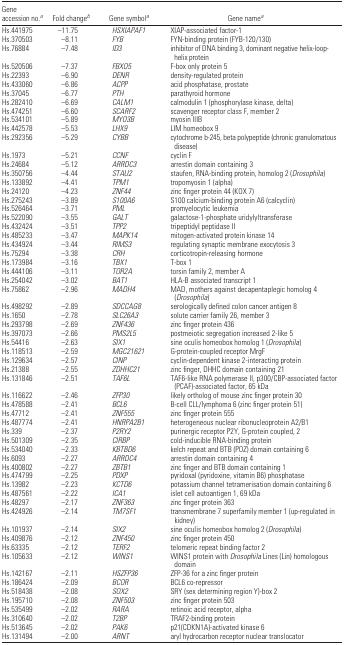
<table><thead><tr><td><b>Gene accession no.a</b></td><td><b>Fold changeb</b></td><td><b>Gene symbola</b></td><td><b>Gene namea</b></td></tr></thead><tbody><tr><td>Hs.441975</td><td>−11.75</td><td><i>HSXIAPAF1</i></td><td>XIAP-associated factor-1</td></tr><tr><td>Hs.370503</td><td>−8.11</td><td><i>FYB</i></td><td>FYN-binding protein (FYB-120/130)</td></tr><tr><td>Hs.76884</td><td>−7.48</td><td><i>ID3</i></td><td>inhibitor of DNA binding 3, dominant negative helix-loop- helix protein</td></tr><tr><td>Hs.520506</td><td>−7.37</td><td><i>FBXO5</i></td><td>F-box only protein 5</td></tr><tr><td>Hs.22393</td><td>−6.90</td><td><i>DENR</i></td><td>density-regulated protein</td></tr><tr><td>Hs.433060</td><td>−6.86</td><td><i>ACPP</i></td><td>acid phosphatase, prostate</td></tr><tr><td>Hs.37045</td><td>−6.77</td><td><i>PTH</i></td><td>parathyroid hormone</td></tr><tr><td>Hs.282410</td><td>−6.69</td><td><i>CALM1</i></td><td>calmodulin 1 (phosphorylase kinase, delta)</td></tr><tr><td>Hs.474251</td><td>−6.60</td><td><i>SCARF2</i></td><td>scavenger receptor class F, member 2</td></tr><tr><td>Hs.534101</td><td>−5.89</td><td><i>MYO3B</i></td><td>myosin IIIB</td></tr><tr><td>Hs.442578</td><td>−5.53</td><td><i>LHX9</i></td><td>LIM homeobox 9</td></tr><tr><td>Hs.292356</td><td>−5.29</td><td><i>CYBB</i></td><td>cytochrome b-245, beta polypeptide (chronic granulomatous disease)</td></tr><tr><td>Hs.1973</td><td>−5.21</td><td><i>CCNF</i></td><td>cyclin F</td></tr><tr><td>Hs.24684</td><td>−5.12</td><td><i>ARRDC3</i></td><td>arrestin domain containing 3</td></tr><tr><td>Hs.350756</td><td>−4.44</td><td><i>STAU2</i></td><td>staufen, RNA-binding protein, homolog 2 (<i>Drosophila</i>)</td></tr><tr><td>Hs.133892</td><td>−4.41</td><td><i>TPM1</i></td><td>tropomyosin 1 (alpha)</td></tr><tr><td>Hs.24120</td><td>−4.23</td><td><i>ZNF44</i></td><td>zinc finger protein 44 (KOX 7)</td></tr><tr><td>Hs.275243</td><td>−3.89</td><td><i>S100A6</i></td><td>S100 calcium-binding protein A6 (calcyclin)</td></tr><tr><td>Hs.526464</td><td>−3.71</td><td><i>PML</i></td><td>promyelocytic leukemia</td></tr><tr><td>Hs.522090</td><td>−3.55</td><td><i>GALT</i></td><td>galactose-1-phosphate uridylyltransferase</td></tr><tr><td>Hs.432424</td><td>−3.51</td><td><i>TPP2</i></td><td>tripeptidyl peptidase II</td></tr><tr><td>Hs.485233</td><td>−3.47</td><td><i>MAPK14</i></td><td>mitogen-activated protein kinase 14</td></tr><tr><td>Hs.434924</td><td>−3.44</td><td><i>RIMS3</i></td><td>regulating synaptic membrane exocytosis 3</td></tr><tr><td>Hs.75294</td><td>−3.38</td><td><i>CRH</i></td><td>corticotropin-releasing hormone</td></tr><tr><td>Hs.173984</td><td>−3.16</td><td><i>TBX1</i></td><td>T-box 1</td></tr><tr><td>Hs.444106</td><td>−3.11</td><td><i>TOR2A</i></td><td>torsin family 2, member A</td></tr><tr><td>Hs.254042</td><td>−3.02</td><td><i>BAT1</i></td><td>HLA-B associated transcript 1</td></tr><tr><td>Hs.75862</td><td>−2.96</td><td><i>MADH4</i></td><td>MAD, mothers against decapentaplegic homolog 4 (<i>Drosophila</i>)</td></tr><tr><td>Hs.498292</td><td>−2.89</td><td><i>SDCCAG8</i></td><td>serologically defined colon cancer antigen 8</td></tr><tr><td>Hs.1650</td><td>−2.78</td><td><i>SLC26A3</i></td><td>solute carrier family 26, member 3</td></tr><tr><td>Hs.293798</td><td>−2.69</td><td><i>ZNF436</i></td><td>zinc finger protein 436</td></tr><tr><td>Hs.397073</td><td>−2.66</td><td><i>PMS2L5</i></td><td>postmeiotic segregation increased 2-like 5</td></tr><tr><td>Hs.54416</td><td>−2.63</td><td><i>SIX1</i></td><td>sine oculis homeobox homolog 1 (<i>Drosophila</i>)</td></tr><tr><td>Hs.118513</td><td>−2.59</td><td><i>MGC21621</i></td><td>G-protein-coupled receptor MrgF</td></tr><tr><td>Hs.129634</td><td>−2.57</td><td><i>CINP</i></td><td>cyclin-dependent kinase 2-interacting protein</td></tr><tr><td>Hs.21388</td><td>−2.55</td><td><i>ZDHHC21</i></td><td>zinc finger, DHHC domain containing 21</td></tr><tr><td>Hs.131846</td><td>−2.51</td><td><i>TAF6L</i></td><td>TAF6-like RNA polymerase II, p300/CBP-associated factor (PCAF)-associated factor, 65 kDa</td></tr><tr><td>Hs.116622</td><td>−2.46</td><td><i>ZFP30</i></td><td>likely ortholog of mouse zinc finger protein 30</td></tr><tr><td>Hs.478588</td><td>−2.41</td><td><i>BCL6</i></td><td>B-cell CLL/lymphoma 6 (zinc finger protein 51)</td></tr><tr><td>Hs.47712</td><td>−2.41</td><td><i>ZNF555</i></td><td>zinc finger protein 555</td></tr><tr><td>Hs.487774</td><td>−2.41</td><td><i>HNRPA2B1</i></td><td>heterogeneous nuclear ribonucleoprotein A2/B1</td></tr><tr><td>Hs.339</td><td>−2.37</td><td><i>P2RY2</i></td><td>purinergic receptor P2Y, G-protein coupled, 2</td></tr><tr><td>Hs.501309</td><td>−2.35</td><td><i>CIRBP</i></td><td>cold-inducible RNA-binding protein</td></tr><tr><td>Hs.534040</td><td>−2.33</td><td><i>KBTBD6</i></td><td>kelch repeat and BTB (POZ) domain containing 6</td></tr><tr><td>Hs.6093</td><td>−2.27</td><td><i>ARRDC4</i></td><td>arrestin domain containing 4</td></tr><tr><td>Hs.400802</td><td>−2.27</td><td><i>ZBTB1</i></td><td>zinc finger and BTB domain containing 1</td></tr><tr><td>Hs.474799</td><td>−2.25</td><td><i>PDXP</i></td><td>pyridoxal (pyridoxine, vitamin B6) phosphatase</td></tr><tr><td>Hs.13982</td><td>−2.23</td><td><i>KCTD6</i></td><td>potassium channel tetramerisation domain containing 6</td></tr><tr><td>Hs.487561</td><td>−2.22</td><td><i>ICA1</i></td><td>islet cell autoantigen 1, 69 kDa</td></tr><tr><td>Hs.48297</td><td>−2.17</td><td><i>ZNF363</i></td><td>zinc finger protein 363</td></tr><tr><td>Hs.424926</td><td>−2.14</td><td><i>TM7SF1</i></td><td>transmembrane 7 superfamily member 1 (up-regulated in kidney)</td></tr><tr><td>Hs.101937</td><td>−2.14</td><td><i>SIX2</i></td><td>sine oculis homeobox homolog 2 (<i>Drosophila</i>)</td></tr><tr><td>Hs.409876</td><td>−2.12</td><td><i>ZNF450</i></td><td>zinc finger protein 450</td></tr><tr><td>Hs.63335</td><td>−2.12</td><td><i>TERF2</i></td><td>telomeric repeat binding factor 2</td></tr><tr><td>Hs.105633</td><td>−2.12</td><td><i>WINS1</i></td><td>WINS1 protein with <i>Drosophila</i> Lines (Lin) homologous domain</td></tr><tr><td>Hs.142167</td><td>−2.11</td><td><i>HSZFP36</i></td><td>ZFP-36 for a zinc finger protein</td></tr><tr><td>Hs.186424</td><td>−2.09</td><td><i>BCOR</i></td><td>BCL6 co-repressor</td></tr><tr><td>Hs.518438</td><td>−2.08</td><td><i>SOX2</i></td><td>SRY (sex determining region Y)-box 2</td></tr><tr><td>Hs.195710</td><td>−2.08</td><td><i>ZNF503</i></td><td>zinc finger protein 503</td></tr><tr><td>Hs.535499</td><td>−2.02</td><td><i>RARA</i></td><td>retinoic acid receptor, alpha</td></tr><tr><td>Hs.310640</td><td>−2.02</td><td><i>T2BP</i></td><td>TRAF2-binding protein</td></tr><tr><td>Hs.513645</td><td>−2.02</td><td><i>PAK6</i></td><td>p21(CDKN1A)-activated kinase 6</td></tr><tr><td>Hs.131494</td><td>−2.00</td><td><i>ARNT</i></td><td>aryl hydrocarbon receptor nuclear translocator</td></tr></tbody></table>